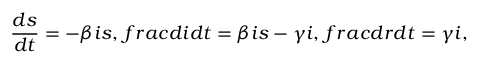
\frac { d s } { d t } = - \beta i s , \, f r a c { d i } { d t } = \beta i s - \gamma i , \, f r a c { d r } { d t } = \gamma i ,